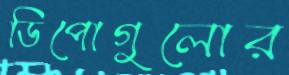
ডিপোগুলোর